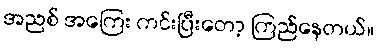
အညစ် အကြေး ကင်းပြီးတော့ ကြည်နေတယ်။